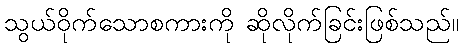
သွယ်ဝိုက်သောစကားကို ဆိုလိုက်ခြင်းဖြစ်သည်။